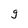
Character: g